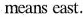
means east.